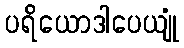
ပရိယောဒါပေယျုံ